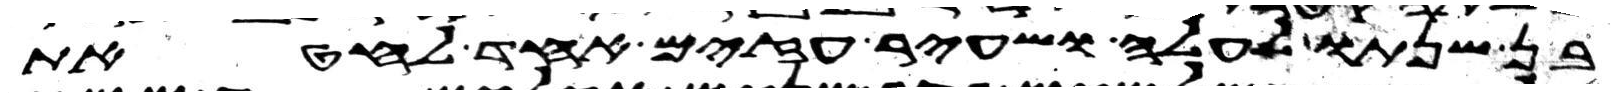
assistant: בן שנתו לעלה ושעיר עזים אחד לחטאת